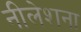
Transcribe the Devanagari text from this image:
नीलेशना